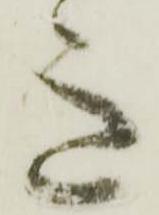
意